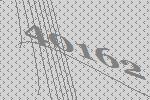
40162